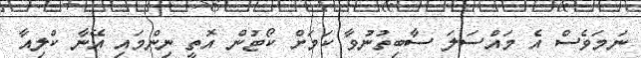
ނަމަވެސް އެ މައްސަލަ ސާބިތުނުވާ ކަމަށް ކޯޓުން އޮތީ ނިންމައި އޭނާ ކްލިއާ